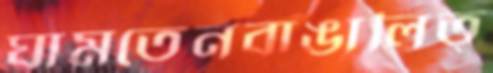
ঘামতেনবাঙালিত্